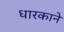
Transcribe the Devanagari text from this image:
धारकाने